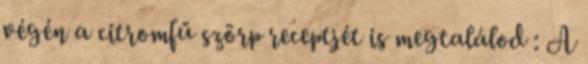
végén a citromfű szörp receptjét is megtalálod : A